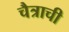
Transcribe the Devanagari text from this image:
चैत्राची